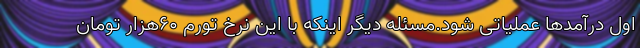
اول درآمد‌ها عملیاتی شود.مسئله دیگر اینکه با این نرخ تورم ٦٠هزار تومان